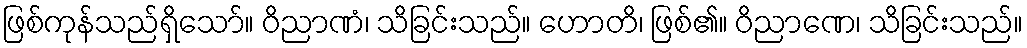
ဖြစ်ကုန်သည်ရှိသော်။ ဝိညာဏံ၊ သိခြင်းသည်။ ဟောတိ၊ ဖြစ်၏။ ဝိညာဏေ၊ သိခြင်းသည်။